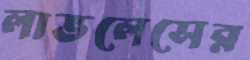
লাভলেসের